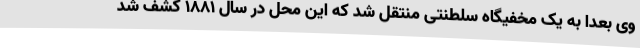
وی بعدا به یک مخفیگاه سلطنتی منتقل شد که این محل در سال 1881 کشف شد